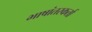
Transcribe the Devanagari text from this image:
भाषांतरकर्ता